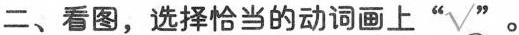
二、看图，选择恰当的动词画上”√“。